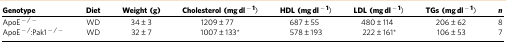
| Genotype | Diet | Weight (g) | Cholesterol (mg dl−1) | HDL (mg dl−1) | LDL (mg dl−1) | TGs (mg dl−1) | n |
 | --- | --- | --- | --- | --- | --- | --- | --- |
 | ApoE−/− | WD | 34±3 | 1209±77 | 687±55 | 480±114 | 206±62 | 8 |
 | ApoE−/:Pak1−/− | WD | 32±7 | 1007±133* | 578±193 | 222±161* | 106±53 | 7 |